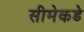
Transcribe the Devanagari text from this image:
सीमेकडे